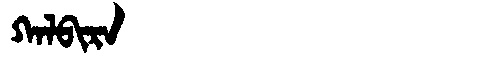
Manchu: ᡴᠠᠯᠪᡳᡵᠠ
Romanization: KALBIRA